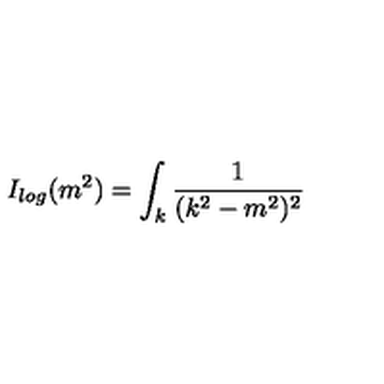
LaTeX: I _ { l o g } ( m ^ { 2 } ) = \int _ { k } \frac { 1 } { ( k ^ { 2 } - m ^ { 2 } ) ^ { 2 } }